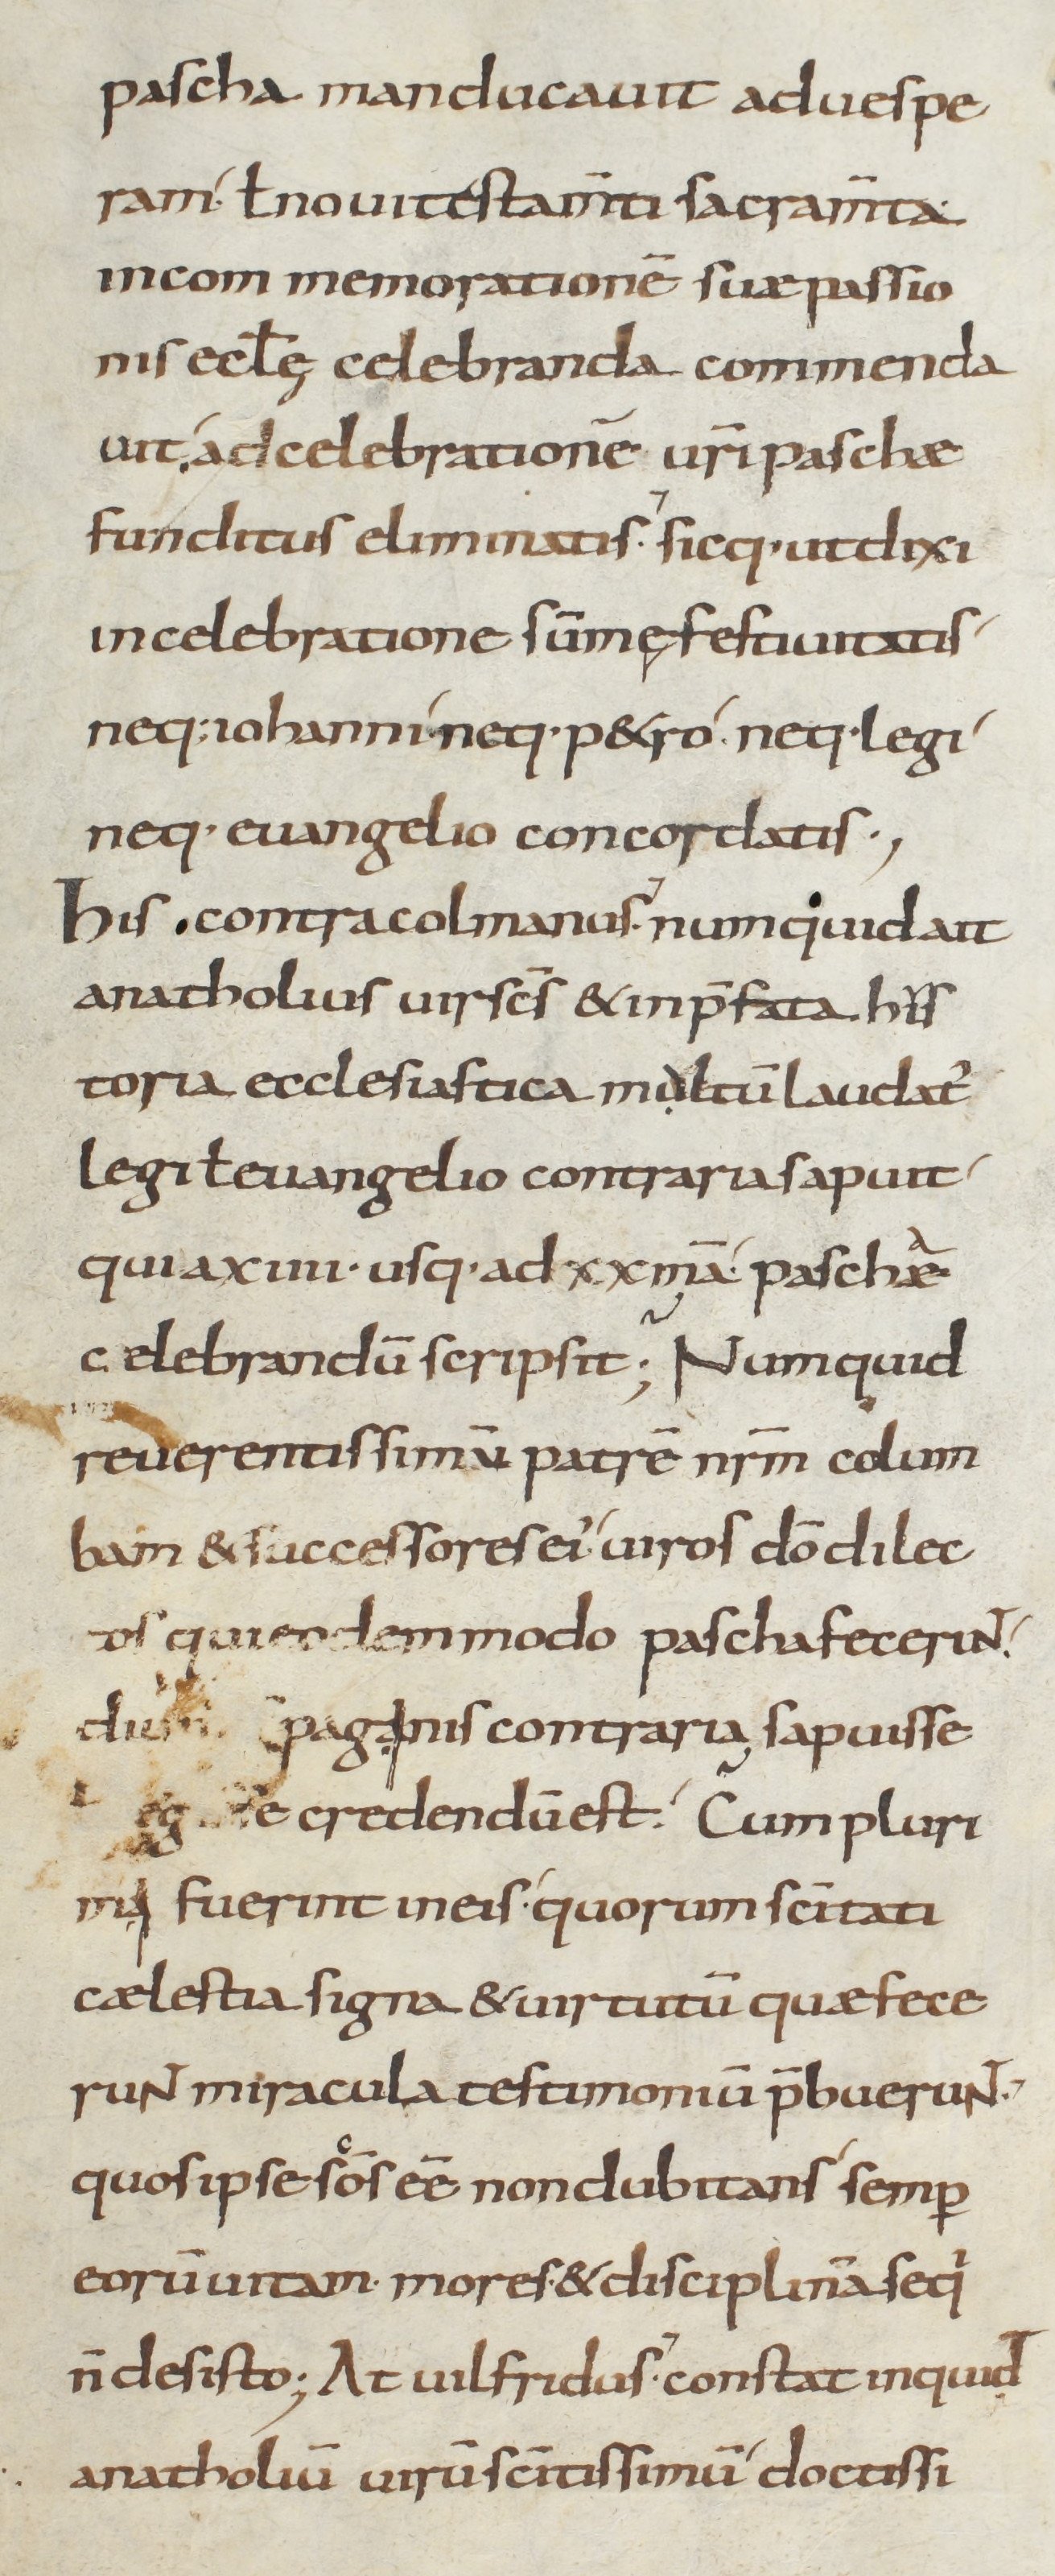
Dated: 800–899